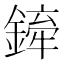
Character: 𫒻